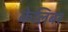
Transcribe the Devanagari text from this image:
केलिबर